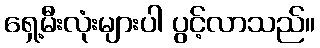
ရှေ့မီးလုံးများပါ ပွင့်လာသည်။